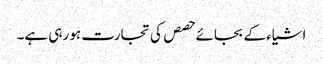
اشیاء کے بجائے حصص کی تجارت ہو رہی ہے۔